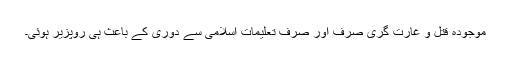
موجودہ قتل و غارت گری صرف اور صرف تعلیماتِ اسلامی سے دوری کے باعث ہی رُوپزیر ہوئی۔